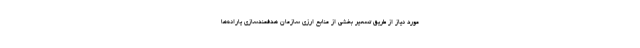
مورد نیاز از طریق تسعیر بخشی از منابع ارزی سازمان هدفمندسازی یارانه‌ها